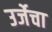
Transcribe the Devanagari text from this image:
उर्जेचा